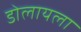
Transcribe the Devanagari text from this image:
डोलायला